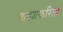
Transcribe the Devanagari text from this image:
गाड्यांकरिता